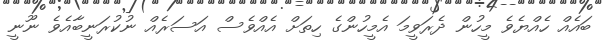
ބައެއް ހެއްޔެވެ މީހުން ދެރަވީމަ އެމީހުންގެ ހިތަށް އެއްވެސް އަސަރެއް ނުކުރަނީބާއެވެ ނޫނީ